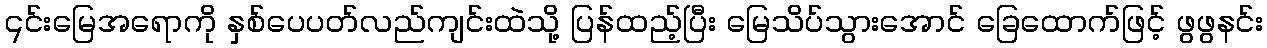
၎င်းမြေအရောကို နှစ်ပေပတ်လည်ကျင်းထဲသို့ ပြန်ထည့်ပြီး မြေသိပ်သွားအောင် ခြေထောက်ဖြင့် ဖွဖွနင်း